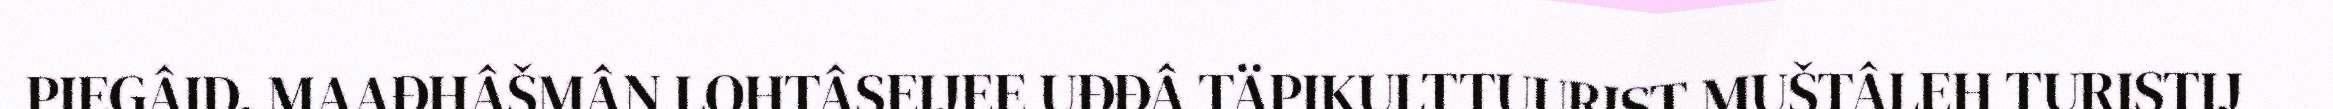
PIEGÂID. MAAĐHÂŠMÂN LOHTÂSEIJEE UĐĐÂ TÄPIKULTTUURIST MUŠTÂLEH TURISTIJ